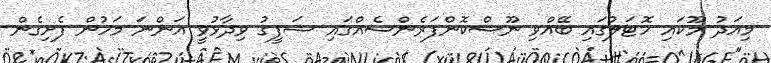
މިއަދު މޫކައި ހޮޓަލުގައި ބޭއްވި ނޫސްކޮންފަރެންސެއްގައި ޝަފީގު ވިދާޅުވީ އަންނަ މަހުން ފެށިގެން